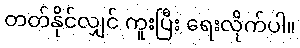
တတ်နိုင်လျှင် ကူးပြီး ရေးလိုက်ပါ။